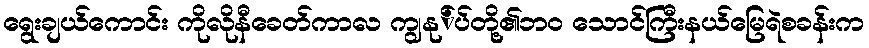
ရွေးချယ်ကောင်း ကိုလိုနီခေတ်ကာလ ကျွနု်ပ်တို့၏ဘ၀ သောင်ကြီးနယ်မြေရဲစခန်းက